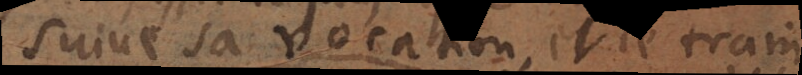
suive sa vocation, et le train